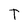
Character: T